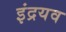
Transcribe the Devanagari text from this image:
इंद्रयव